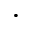
\cdot